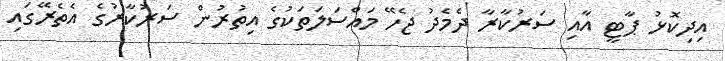
އިދިކޮޅު ޕާޓީ އާއި ސަރުކާރާ ދެމެދު ޖެހޭ މައްސަލަތަކުގެ އިތުރުން ސަރުކާރުގެ އެތެރޭގައި